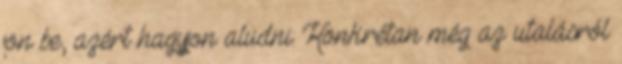
jön be, azért hagyjon aludni: Konkrétan még az utalásról